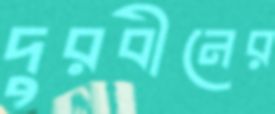
দুরবীনের